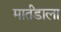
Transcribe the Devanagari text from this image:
मार्तंडाला